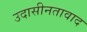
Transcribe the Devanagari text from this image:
उदासीनतावाद